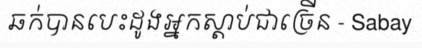
ឆក់បានបេះដូងអ្នកស្តាប់ជាច្រើន - Sabay